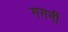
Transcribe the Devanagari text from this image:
गगनीं